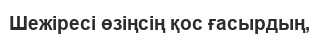
Шежіресі өзіңсің қос ғасырдың,